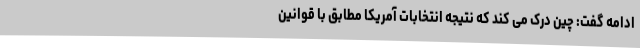
ادامه گفت: چین درک می کند که نتیجه انتخابات آمریکا مطابق با قوانین